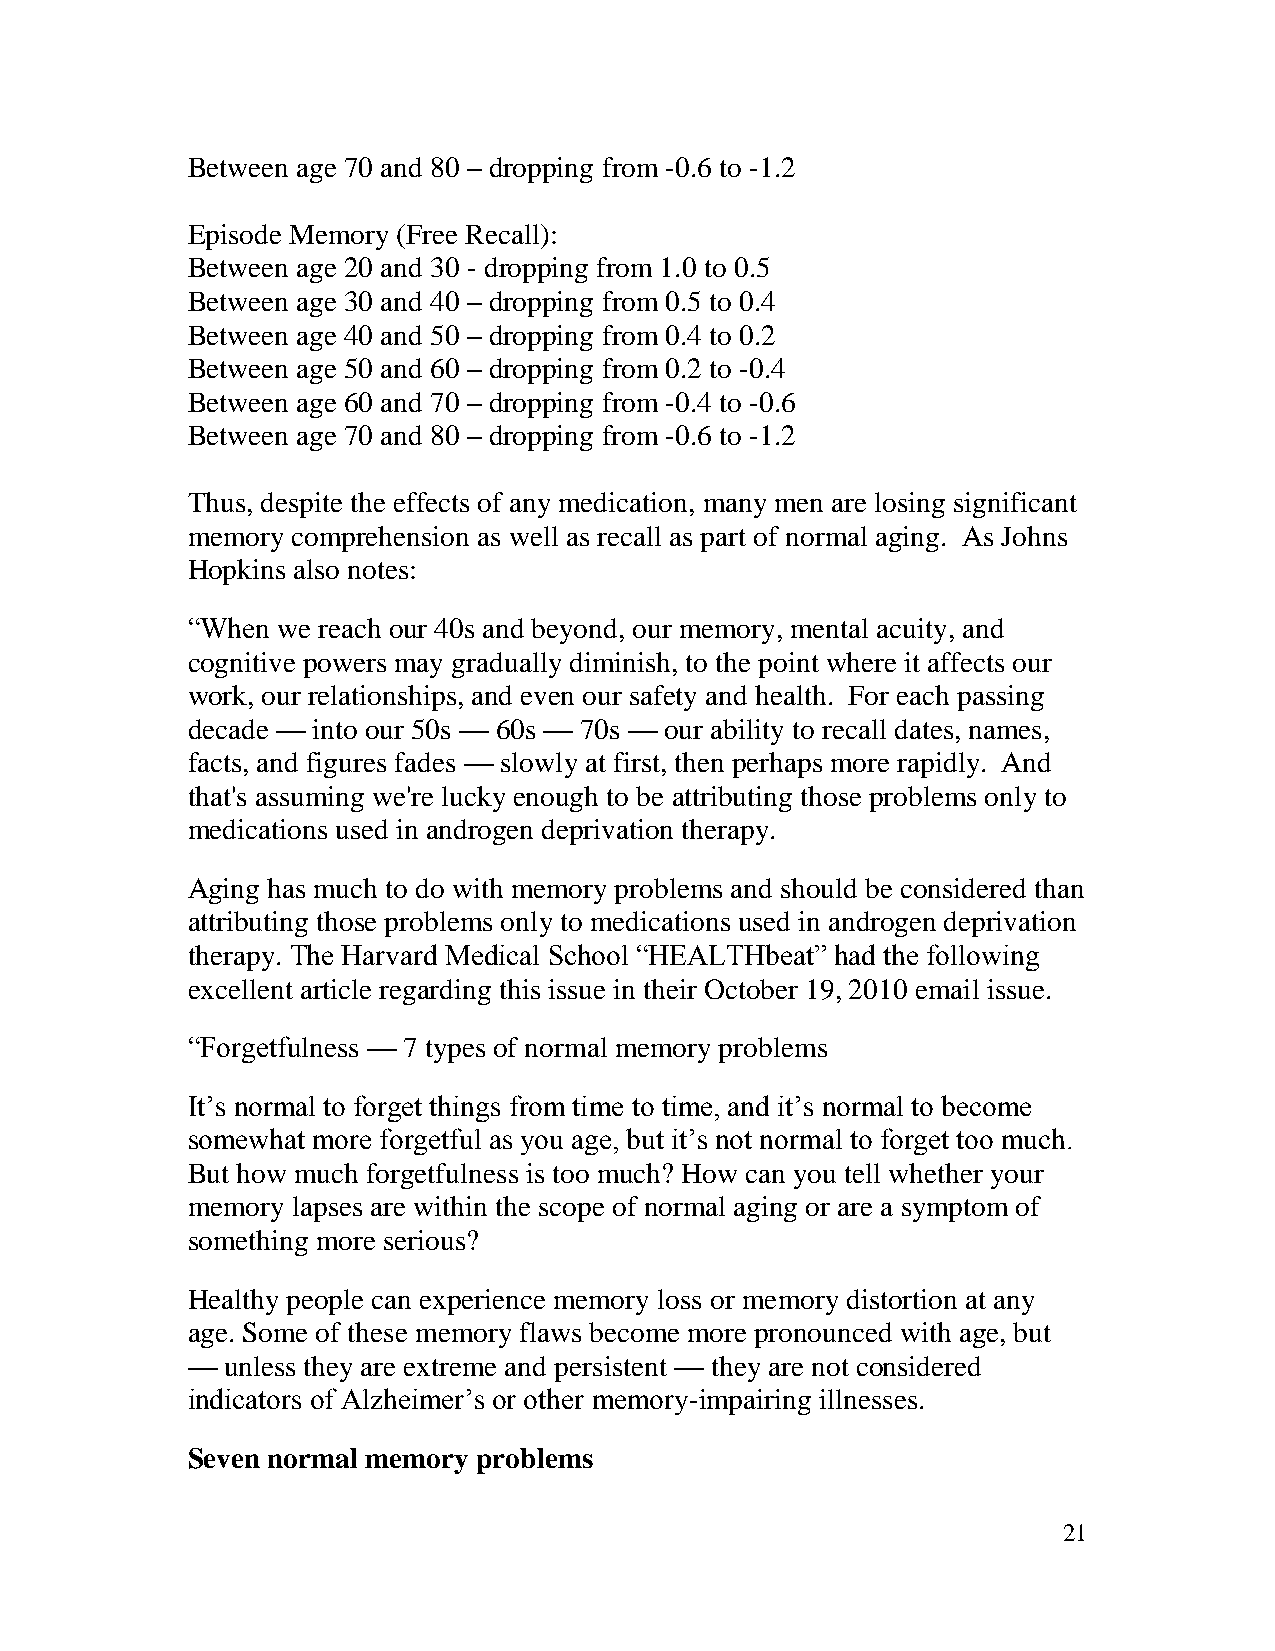
Between age 70 and 80 – dropping from -0.6 to -1.2
 Episode Memory (Free Recall):
 Between age 20 and 30 - dropping from 1.0 to 0.5
 Between age 30 and 40 – dropping from 0.5 to 0.4
 Between age 40 and 50 – dropping from 0.4 to 0.2
 Between age 50 and 60 – dropping from 0.2 to -0.4
 Between age 60 and 70 – dropping from -0.4 to -0.6
 Between age 70 and 80 – dropping from -0.6 to -1.2
 Thus, despite the effects of any medication, many men are losing significant
 memory comprehension as well as recall as part of normal aging. As Johns
 Hopkins also notes:
 “When we reach our 40s and beyond, our memory, mental acuity, and
 cognitive powers may gradually diminish, to the point where it affects our
 work, our relationships, and even our safety and health. For each passing
 decade — into our 50s — 60s — 70s — our ability to recall dates, names,
 facts, and figures fades — slowly at first, then perhaps more rapidly. And
 that's assuming we're lucky enough to be attributing those problems only to
 medications used in androgen deprivation therapy.
 Aging has much to do with memory problems and should be considered than
 attributing those problems only to medications used in androgen deprivation
 therapy. The Harvard Medical School “HEALTHbeat” had the following
 excellent article regarding this issue in their October 19, 2010 email issue.
 “Forgetfulness — 7 types of normal memory problems
 It’s normal to forget things from time to time, and it’s normal to become
 somewhat more forgetful as you age, but it’s not normal to forget too much.
 But how much forgetfulness is too much? How can you tell whether your
 memory lapses are within the scope of normal aging or are a symptom of
 something more serious?
 Healthy people can experience memory loss or memory distortion at any
 age. Some of these memory flaws become more pronounced with age, but
 —  unless they are extreme and persistent — they are not considered
 indicators of Alzheimer’s or other memory-impairing illnesses.
 Seven normal memory problems
 21